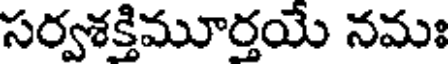
సర్వశక్తిమూర్తయే నమః